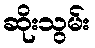
ဆိုးသွမ်း